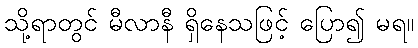
သို့ရာတွင် မီလာနီ ရှိနေသဖြင့် ပြော၍ မရ။